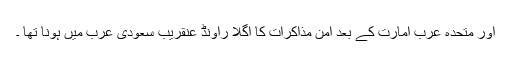
اور متحدہ عرب امارت کے بعد امن مذاکرات کا اگلا راؤنڈ عنقریب سعودی عرب میں ہونا تھا ۔